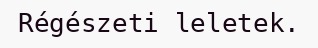
Régészeti leletek.